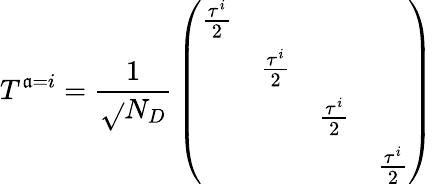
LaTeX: T^{\mathfrak{a}=i}={\frac{{1}}{{\sqrt{}{{N_{D}}}}}}\left(\begin{array}{cccc}{{{\frac{\tau^{i}}{2}}}}&{{}}&{{}}&{{}}\\ {{}}&{{{\frac{\tau^{i}}{2}}}}&{{}}&{{}}\\ {{}}&{{}}&{{{\frac{\tau^{i}}{2}}}}&{{}}\\ {{}}&{{}}&{{}}&{{{\frac{\tau^{i}}{2}}}}\end{array}\right)